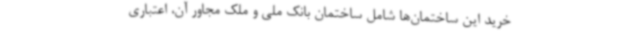
خرید این ساختمان‌ها شامل ساختمان بانک ملی و ملک مجاور آن، اعتباری